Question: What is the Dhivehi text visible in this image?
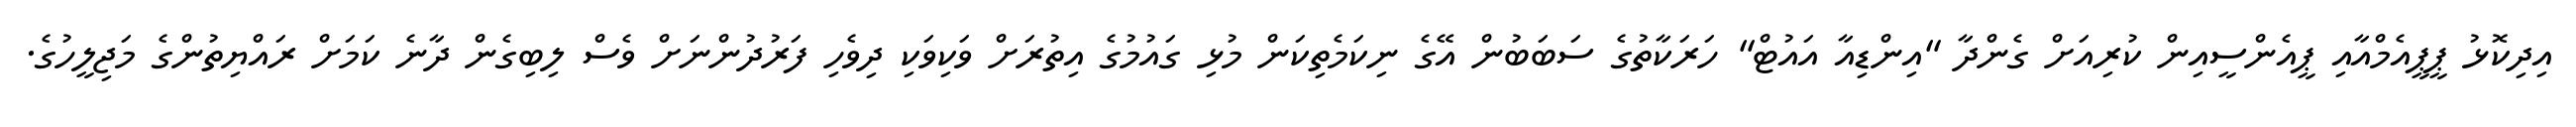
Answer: އިދިކޮޅު ޕީޕީއެމްއާއި ޕީއެންސީއިން ކުރިއަށް ގެންދާ "އިންޑިއާ އައުޓް" ހަރަކާތުގެ ސަބަބުން އޭގެ ނިކަމެތިކަން މުޅި ގައުމުގެ އިތުރަށް ވަކިވަކި ދިވެހި ފަރުދުންނަށް ވެސް ލިބިގެން ދާނެ ކަމަށް ރައްޔިތުންގެ މަޖިލީހުގެ.